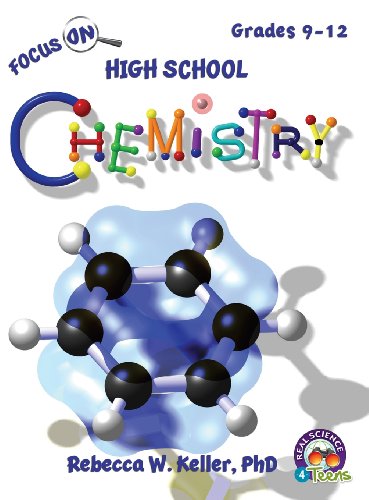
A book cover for Focus on High School Chemistry Student Textbook (Hardcover); Phd Rebecca W. Keller; Children's Books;